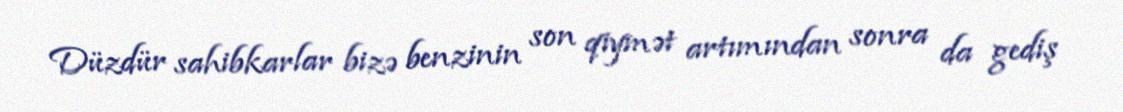
Düzdür sahibkarlar bizə benzinin son qiymət artımından sonra da gediş